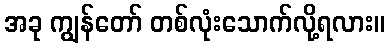
အခု ကျွန်တော် တစ်လုံးသောက်လို့ရလား။